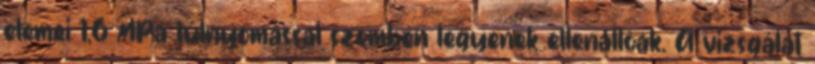
elemei 1,6 MPa túlnyomással szemben legyenek ellenállóak. A vizsgálat